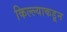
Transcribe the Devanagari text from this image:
किल्ल्याकडून